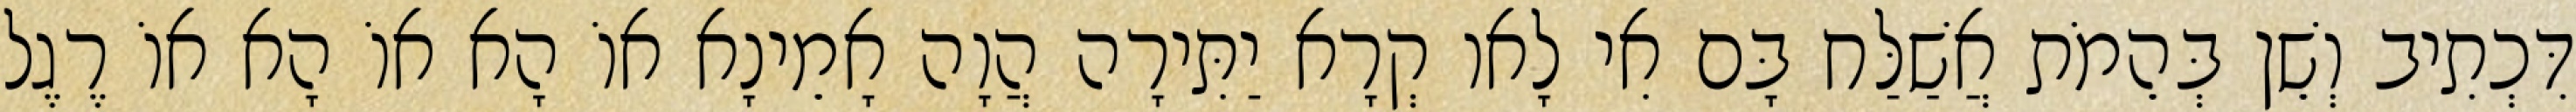
דִּכְתִיב וְשֵׁן בְּהֵמֹת אֲשַׁלַּח בָּם אִי לָאו קְרָא יַתִּירָה הֲוָה אָמֵינָא אוֹ הָא אוֹ הָא אוֹ רֶגֶל